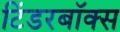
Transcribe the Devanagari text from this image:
टिंडरबॉक्स